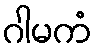
ဂါမကံ